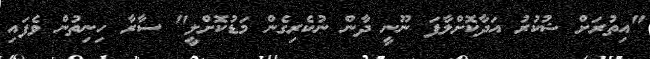
"އިތުރަށް ޝުކުރު އަދާކޮށްލާފަ ނޫނީ ދާން ނުކެރިގެން މަޑުކޮށްލީ" ސާރާ ހިނިތުން ވެފައި